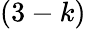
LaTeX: (3-k)